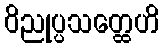
ဝိညုပ္ပသတ္ထေဟိ